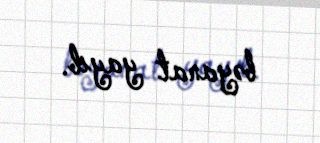
bəyanat yayıb.